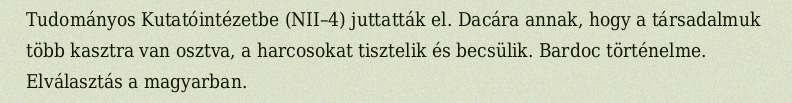
Tudományos Kutatóintézetbe (NII–4) juttatták el. Dacára annak, hogy a társadalmuk több kasztra van osztva, a harcosokat tisztelik és becsülik. Bardoc történelme. Elválasztás a magyarban.